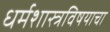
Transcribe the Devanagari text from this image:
धर्मशास्त्रविषयाचा